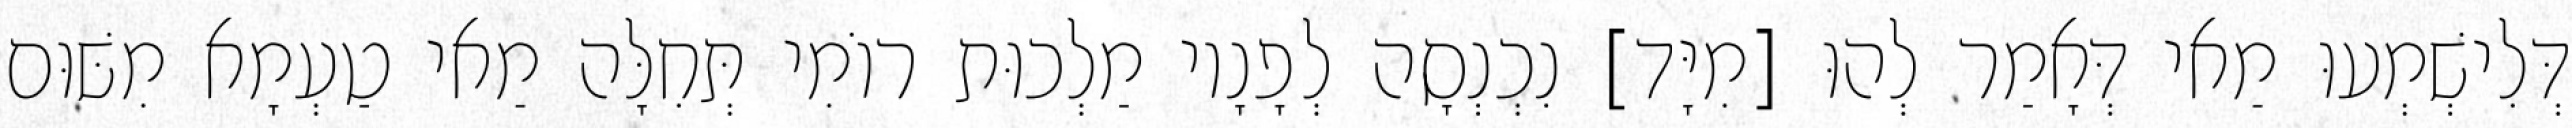
דְּלִישְׁמְעוּ מַאי דְּאָמַר לְהוּ [מִיָּד] נִכְנְסָה לְפָנָיו מַלְכוּת רוֹמִי תְּחִלָּה מַאי טַעְמָא מִשּׁוּם